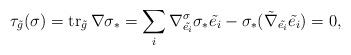
LaTeX: \begin{align*}\tau_{\tilde{g}}(\sigma)=\operatorname{tr}_{\tilde g}\nabla\sigma_{\ast}=\sum_i\nabla^{\sigma}_{\tilde{e_i}}\sigma_{\ast}\tilde{e_i}-\sigma_{\ast}(\tilde{\nabla}_{\tilde{e_i}}\tilde{e_i})=0,\end{align*}